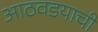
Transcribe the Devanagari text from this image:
आठवडयाची